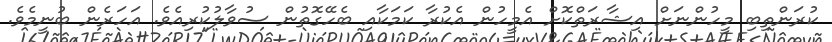
ކުރަންތިބި މީހުންނަށް އިޝާރަތްކޮށް އެމީހުން އެކުރާ ކަމަކާއި ބެހޭގޮތުން ސުވާލުކުރިއެވެ. އަހަރެން ބުނީމެވެ.